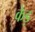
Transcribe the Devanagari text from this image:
केड़